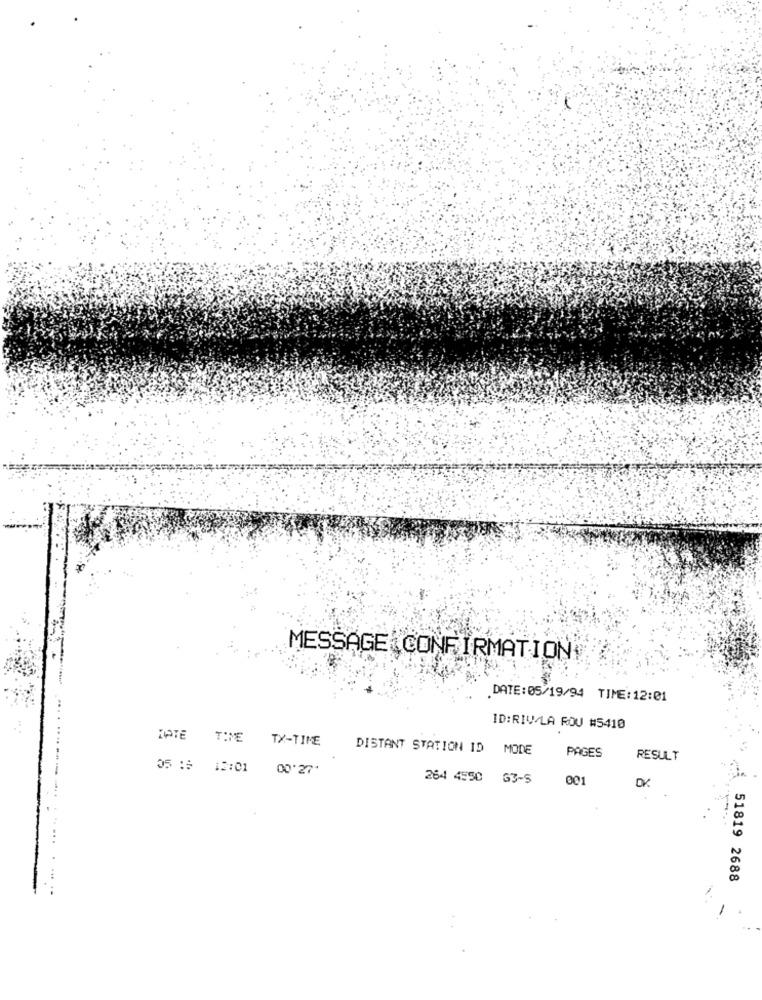
MESSAGE CONFIRMATION
DATE: 05/19/94 TIME:12:01
ID:RIV/LA ROU #5410
IPTE THE
TX-TIME
DISTANT STATION ID MODE
PAGES
RESULT
05 :5 12:01 00:27*
264 4550 G3-5
001
51819 2688